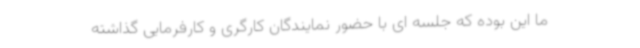
ما این بوده که جلسه ای با حضور نمایندگان کارگری و کارفرمایی گذاشته